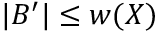
| B ^ { \prime } | \leq w ( X )